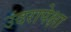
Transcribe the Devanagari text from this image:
उंदरापेक्षा